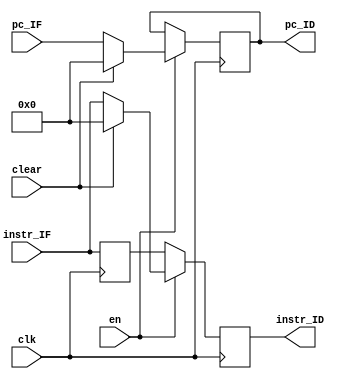
`timescale 1ns / 1ps

module ID_reg(
           input clk,
           input clear,
           input en,
           input [31: 0] instr_IF,
           output reg [31: 0] instr_ID,
           input [31: 0] pc_IF,
           output reg [31: 0] pc_ID
       );

reg [31: 0] instr_old;

wire stall_ff;
wire clear_ff;
assign stall_ff = ~en;
assign clear_ff = clear;

initial begin 
    pc_ID = 0;
    instr_old = 32'b0;
end

always@(posedge clk) begin
    if (en)
        pc_ID <= clear ? 0 : pc_IF;
end

always @ (posedge clk)
begin
    instr_old <= instr_IF;
    instr_ID <= stall_ff ? instr_old : (clear_ff ? 32'b0 : instr_IF );

end

endmodule